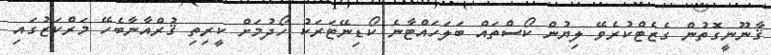
ޤާނޫނީގޮތުން ގެޒެޓްކުރެވޭ ލިޔުން ކޯސްތައް ބަލަހައްޓާނެ ކޯޑިނޭޓަރަކު ހޯދުމަށް ކީރިތި ޤުރްއާނާބެހޭ މަރްކަޒުގައި